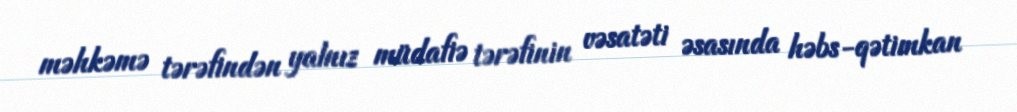
məhkəmə tərəfindən yalnız müdafiə tərəfinin vəsatəti əsasında həbs-qətimkan